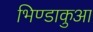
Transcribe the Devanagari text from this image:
भिण्डाकुआ